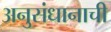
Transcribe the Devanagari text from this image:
अनुसंधानाची